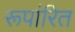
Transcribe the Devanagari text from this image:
रूपांरित